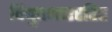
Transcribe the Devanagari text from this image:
विद्युतभाररहित